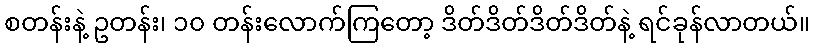
စတန်းနဲ့ ဥတန်း၊ ၁၀ တန်းလောက်ကြတော့ ဒိတ်ဒိတ်ဒိတ်ဒိတ်နဲ့ ရင်ခုန်လာတယ်။